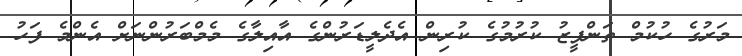
މަރުގެ ހުކުމް ތަންފީޒު ކުރުމުގެ ކުރިން އެދެލީޑަރުންގެ އާއިލާގެ މެމްބަރުންނަށް އެންމެ ފަހު